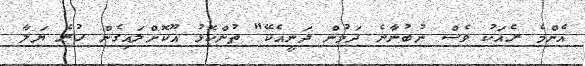
އެންމެ ރެއަކު ވެސް ނުބުނާނެ ދަމުން ދަނީއެކޭ" ތުންކޮޅު އޫކޮށްލައިގެން ހުރެ ޔަލާ